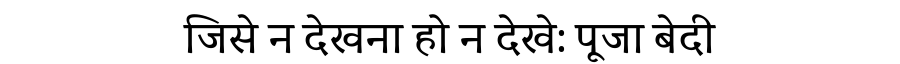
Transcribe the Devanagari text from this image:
जिसे न देखना हो न देखे: पूजा बेदी